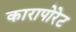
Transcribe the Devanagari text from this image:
कारापोरेट